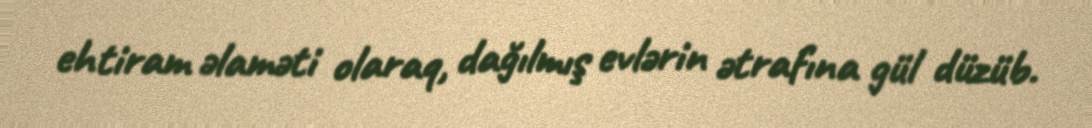
ehtiram əlaməti olaraq, dağılmış evlərin ətrafına gül düzüb.